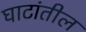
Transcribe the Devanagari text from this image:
घाटांतील